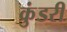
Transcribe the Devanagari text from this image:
कुंडरी